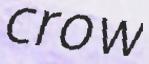
crow